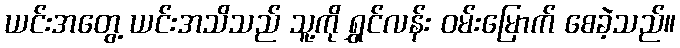
ယင်းအတွေ့ ယင်းအသိသည် သူ့ကို ရွှင်လန်း ဝမ်းမြောက် စေခဲ့သည်။